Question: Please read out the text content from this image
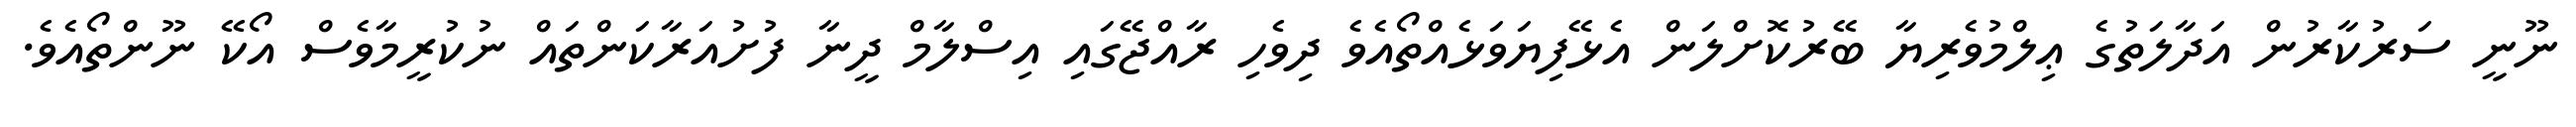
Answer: ނޫނީ ސަރުކާރުން އަދާލަތުގެ ޢިލްމުވެރިޔާ ބޭރުކޮށްލަން އެޅޭފިޔަވަޅެއްތޯއެވެ ދިވެހި ރާއްޖޭގައި އިސްލާމް ދީނާ ފުށުއަރާކަންތައް ނުކުރީމާވެސް އޯކޭ ނޫންތޯއެވެ.